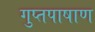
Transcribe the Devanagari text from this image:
गुप्तपाषाण